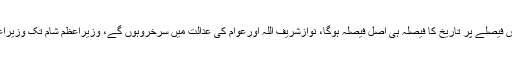
مسلم لیگ ن کے ترجمان کا مزید کہنا ہے کہ اس فیصلے پر تاریخ کا فیصلہ ہی اصل فیصلہ ہوگا، نوازشریف اللہ اورعوام کی عدالت میں سرخروہوں گے، وزیراعظم شام تک وزیراعظم ہاؤس سے پنجاب ہاؤس منتقل ہوجائیں گے۔